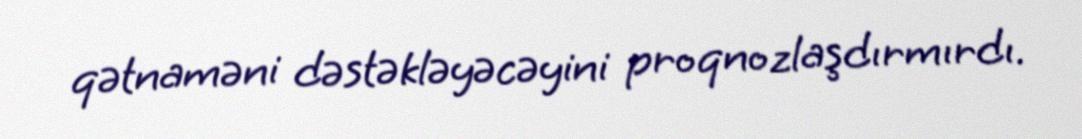
qətnaməni dəstəkləyəcəyini proqnozlaşdırmırdı.